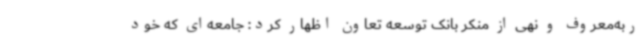
ربه‌معروف و نهی از منکر بانک توسعه تعاون اظهار کرد: جامعه‌ای که خود